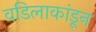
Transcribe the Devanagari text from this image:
वडिलाकांडून